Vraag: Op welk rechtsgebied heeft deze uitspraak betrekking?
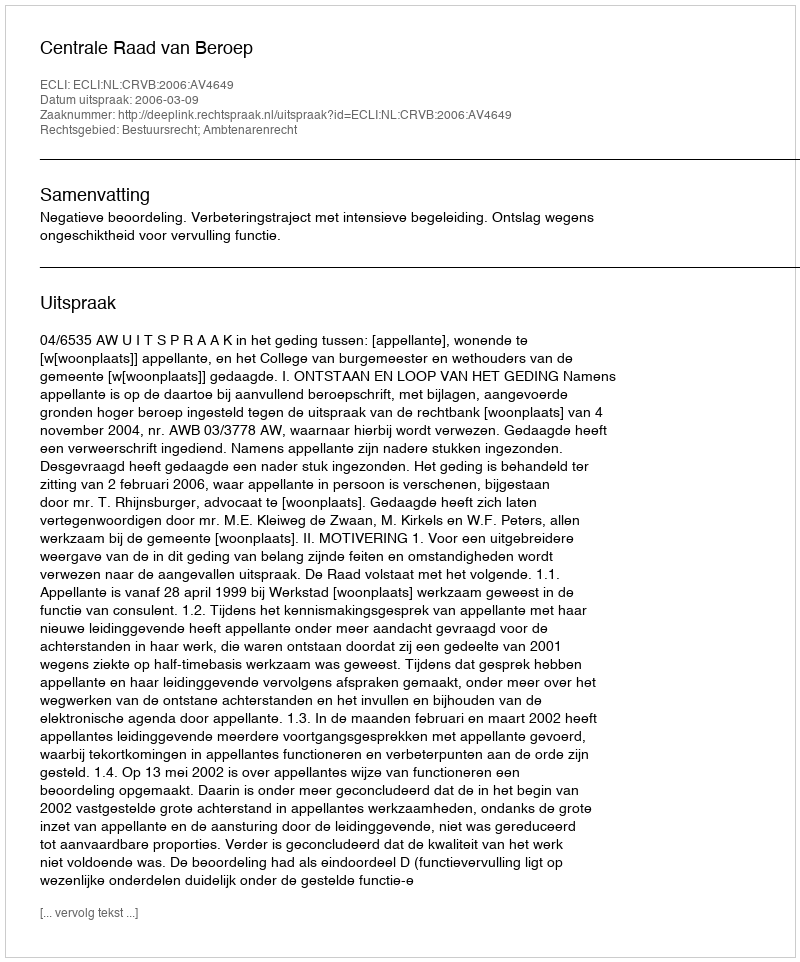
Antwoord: Bestuursrecht; Ambtenarenrecht